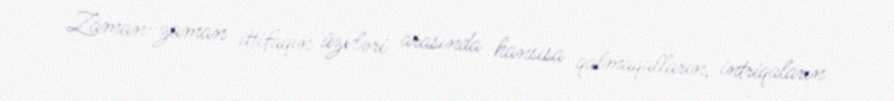
Zaman-zaman ittifaqın üzvləri arasında hansısa qalmaqalların, intriqaların